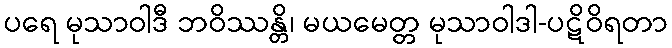
ပရေ မုသာဝါဒီ ဘဝိဿန္တိ၊ မယမေတ္တ မုသာဝါဒါ-ပဋိဝိရတာ